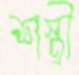
শস্ত্রী